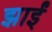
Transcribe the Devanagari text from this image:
झाईं